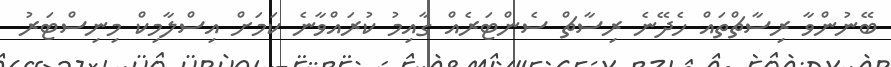
ބޭނުންވާ ރިސާޗްތައް ހެދޭނެ ރިސާޗް ސެންޓަރެއް ގާއިމު ކުރައްވާނެ ކަމަށް އިސްލާމިކް މިނިސްޓަރު